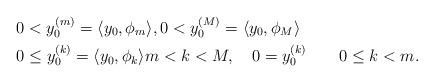
LaTeX: \begin{align*}&0<y_{0}^{(m)} = \langle y_0, \phi_{m} \rangle, 0<y_{0}^{(M)} = \langle y_0, \phi_{M} \rangle\\&0\le y_{0}^{(k)} = \langle y_0 , \phi_{k} \rangle m< k < M,\quad0=y_{0}^{(k)} \quad \quad0\leq k < m.\end{align*}